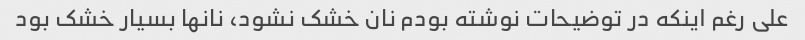
علی رغم اینکه در توضیحات نوشته بودم نان خشک نشود، نانها بسیار خشک بود